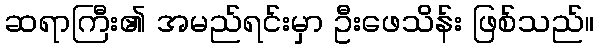
ဆရာကြီး၏ အမည်ရင်းမှာ ဦးဖေသိန်း ဖြစ်သည်။